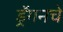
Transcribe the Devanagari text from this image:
ड्रॅगनचे